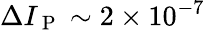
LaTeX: \Delta I_{\mathrm{~P~}}\sim 2\times 10^{-7}